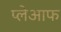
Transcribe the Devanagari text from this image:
प्लेआफ